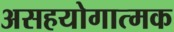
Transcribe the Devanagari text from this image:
असहयोगात्मक